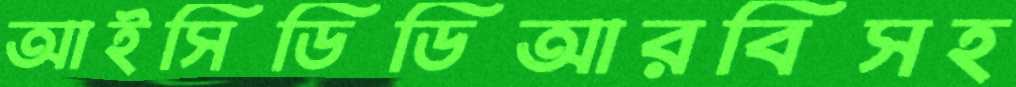
আইসিডিডিআরবিসহ